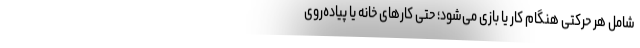
شامل هر حرکتی هنگام کار یا بازی می‌شود؛ حتی کارهای خانه یا پیاده‌روی